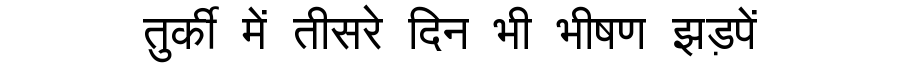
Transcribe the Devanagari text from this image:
तुर्की में तीसरे दिन भी भीषण झड़पें